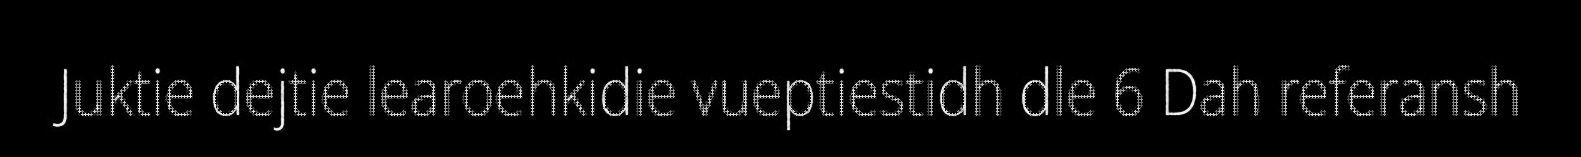
Juktie dejtie learoehkidie vueptiestidh dle 6 Dah referansh